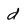
Character: d